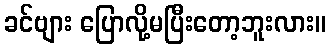
ခင်ဗျား ပြောလို့မပြီးတော့ဘူးလား။